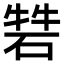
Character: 𥓧